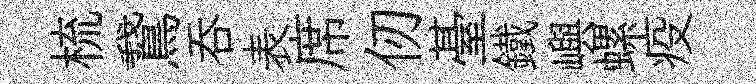
梳鵞吞表席仞䑓鐵嶼螺疫